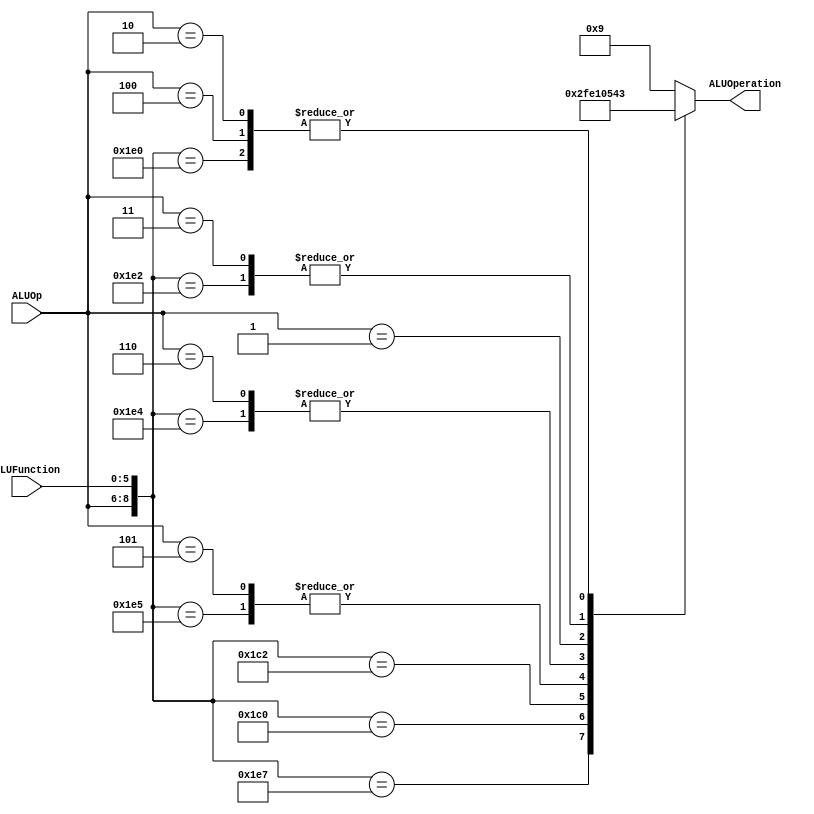
/******************************************************************
* Description
*	This is the control unit for the ALU. It receves an signal called 
*	ALUOp from the control unit and a signal called ALUFunction from
*	the intrctuion field named function.
* Version:
*	1.0
* Author:
*	Dr. Jos Luis Pizano Escalante
* email:
*	luispizano@iteso.mx
* Date:
*	01/03/2014
******************************************************************/
module ALUControl
(
	input [2:0] ALUOp,
	input [5:0] ALUFunction,
	output [3:0] ALUOperation

);
//Valores sacados del green sheet, tabla 3 para los tipo r
localparam R_Type_AND    = 9'b111_100100;
localparam R_Type_OR     = 9'b111_100101;
localparam R_Type_NOR    = 9'b111_100111;
localparam R_Type_ADD    = 9'b111_100000;
localparam R_Type_SUB	 = 9'b111_100010;

localparam R_Type_SLL	 = 9'b111_000000;
localparam R_Type_SRL	 = 9'b111_000010;


//operaciones que se diferencian por el aluop
localparam I_Type_ADDI   = 9'b100_xxxxxx;
localparam I_Type_ORI    = 9'b101_xxxxxx;
localparam I_Type_ANDI   = 9'b110_xxxxxx;

localparam I_Type_BEQ	 = 9'b011_xxxxxx;
localparam I_Type_BNE	 = 9'b011_xxxxxx;
localparam I_Type_LUI	 = 9'b001_xxxxxx;

localparam I_Type_SW		 = 9'b010_xxxxxx;
localparam I_Type_LW		 = 9'b010_xxxxxx;

localparam J_Type_J    	 = 9'b000_xxxxxx;

reg [3:0] ALUControlValues;
wire [8:0] Selector;

assign Selector = {ALUOp, ALUFunction};

always@(Selector)begin
	casex(Selector)
		R_Type_AND:    ALUControlValues = 4'b0000;
		R_Type_OR: 		ALUControlValues = 4'b0001;
		R_Type_NOR:		ALUControlValues = 4'b0010;
		R_Type_ADD:		ALUControlValues = 4'b0011;
		R_Type_SUB:		ALUControlValues = 4'b0100;
		R_Type_SLL:		ALUControlValues = 4'b1111;
		R_Type_SRL:		ALUControlValues = 4'b1110;
		
		
		I_Type_ADDI:	ALUControlValues = 4'b0011;
		I_Type_ORI:		ALUControlValues = 4'b0001;
		
		I_Type_ANDI:	ALUControlValues = 4'b0000;
		I_Type_LUI:		ALUControlValues = 4'b0101;
		
		I_Type_BEQ: 	ALUControlValues = 4'b0100; //BEQ Y BNE tienen el mismo valor de control para la ALU ya que 
		I_Type_BNE:		ALUControlValues = 4'b0100; // necesitan hacer restas para poder funcionar, por eso el codigo es igual a la resta
		
		I_Type_LW:		ALUControlValues = 4'b0011; //LW y SW necesitan de add para poder funcionar
		I_Type_SW:		ALUControlValues = 4'b0011;
		
		J_Type_J:		ALUControlValues = 4'b1001;
		
		default: ALUControlValues = 4'b1001;
	endcase
end


assign ALUOperation = ALUControlValues;

endmodule